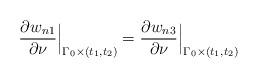
LaTeX: \begin{align*} \frac{\partial w_{n1}}{\partial \nu}\Big|_{\Gamma_0\times(t_1,t_2)}= \frac{\partial w_{n3}}{\partial \nu}\Big|_{\Gamma_0\times(t_1,t_2)} \end{align*}